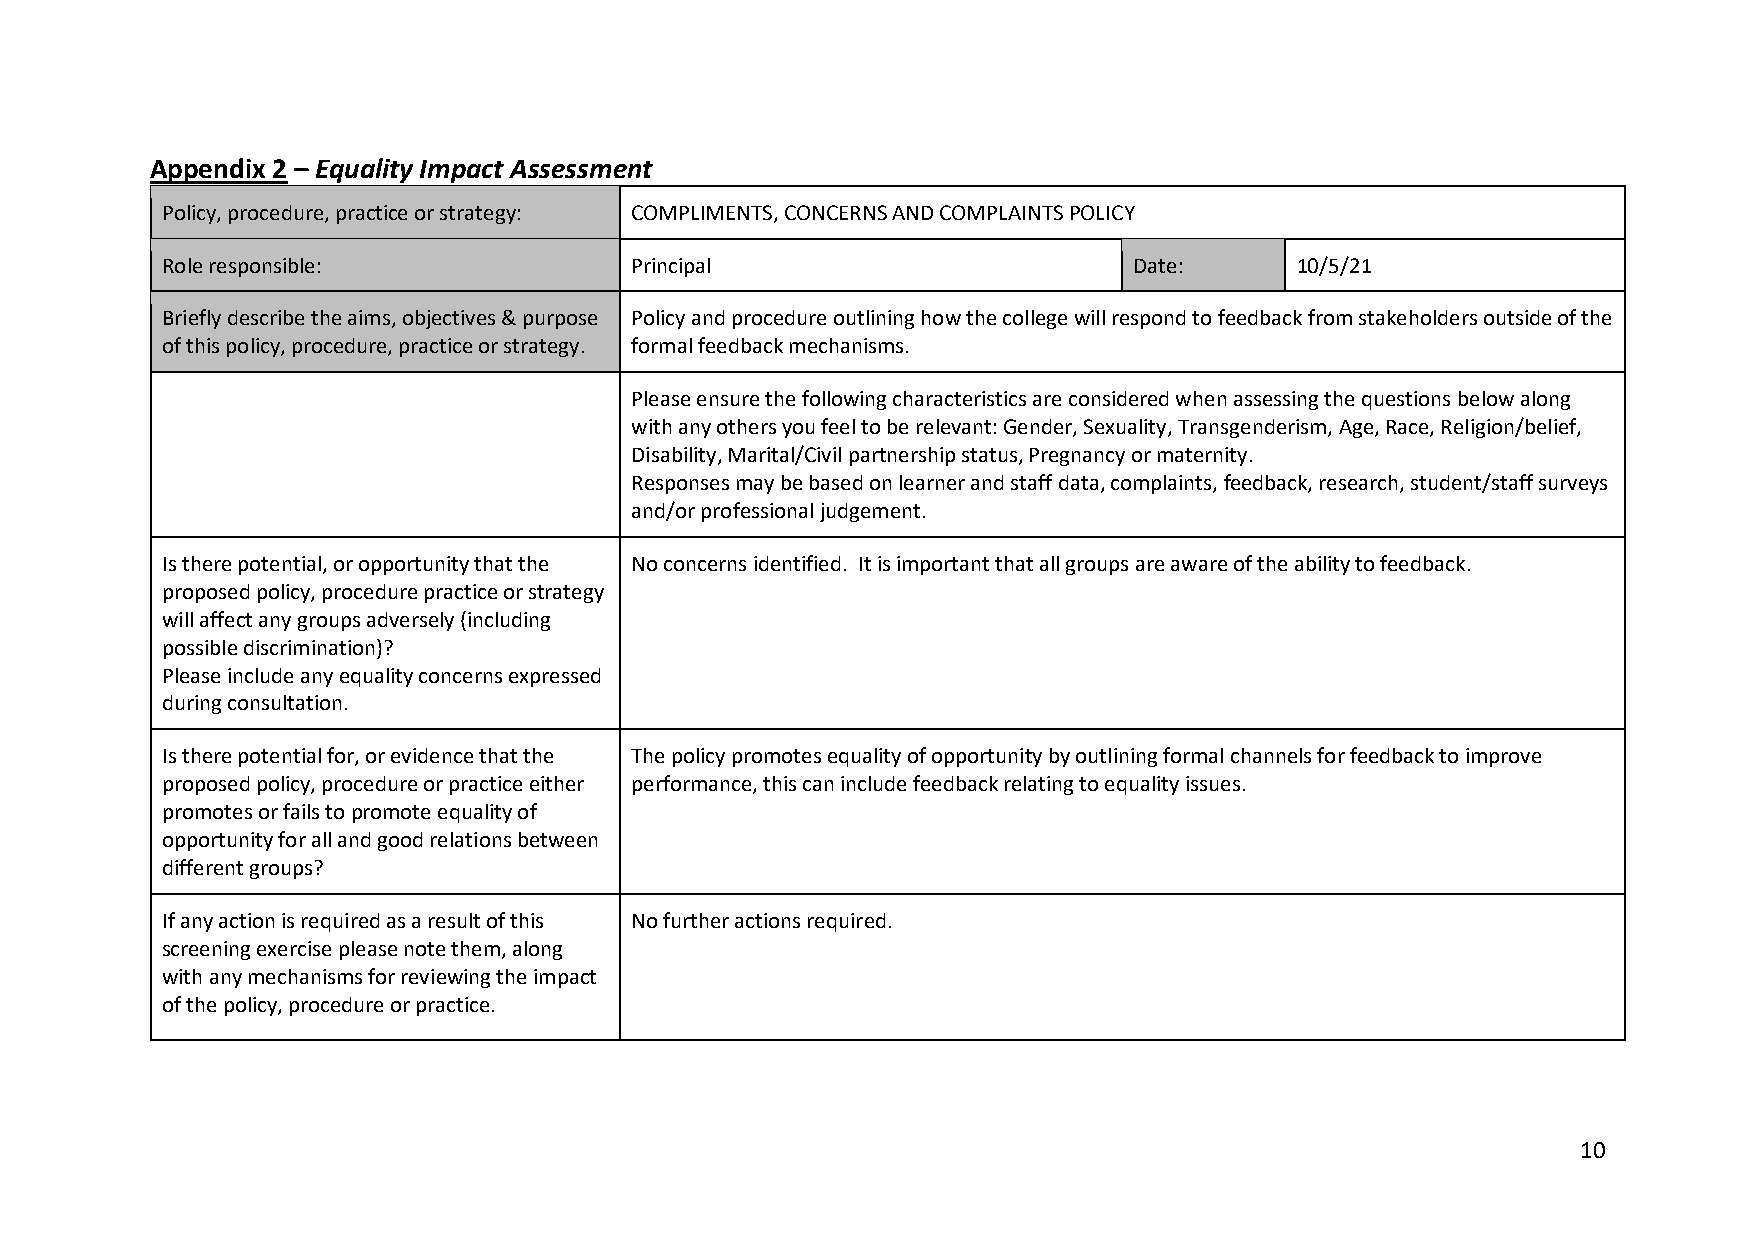
Appendix 2 – Equality Impact Assessment
 Policy, procedure, practice or strategy: COMPLIMENTS, CONCERNS AND COMPLAINTS POLICY
 Role responsible:              Principal                        Date:      10/5/21
 Briefly describe the aims, objectives & purpose Policy and procedure outlining how the college will respond to feedback from stakeholders outside of the
 of this policy, procedure, practice or strategy. formal feedback mechanisms.
 Please ensure the following characteristics are considered when assessing the questions below along
 with any others you feel to be relevant: Gender, Sexuality, Transgenderism, Age, Race, Religion/belief,
 Disability, Marital/Civil partnership status, Pregnancy or maternity.
 Responses may be based on learner and staff data, complaints, feedback, research, student/staff surveys
 and/or professional judgement.
 Is there potential, or opportunity that the No concerns identified. It is important that all groups are aware of the ability to feedback.
 proposed policy, procedure practice or strategy
 will affect any groups adversely (including
 possible discrimination)?
 Please include any equality concerns expressed
 during consultation.
 Is there potential for, or evidence that the The policy promotes equality of opportunity by outlining formal channels for feedback to improve
 proposed policy, procedure or practice either performance, this can include feedback relating to equality issues.
 promotes or fails to promote equality of
 opportunity for all and good relations between
 different groups?
 If any action is required as a result of this No further actions required.
 screening exercise please note them, along
 with any mechanisms for reviewing the impact
 of the policy, procedure or practice.
 10